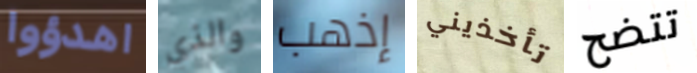
اهدؤوا والذي إذهب تأخذيني تتضح